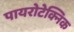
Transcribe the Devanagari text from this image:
पायरोटेक्निक